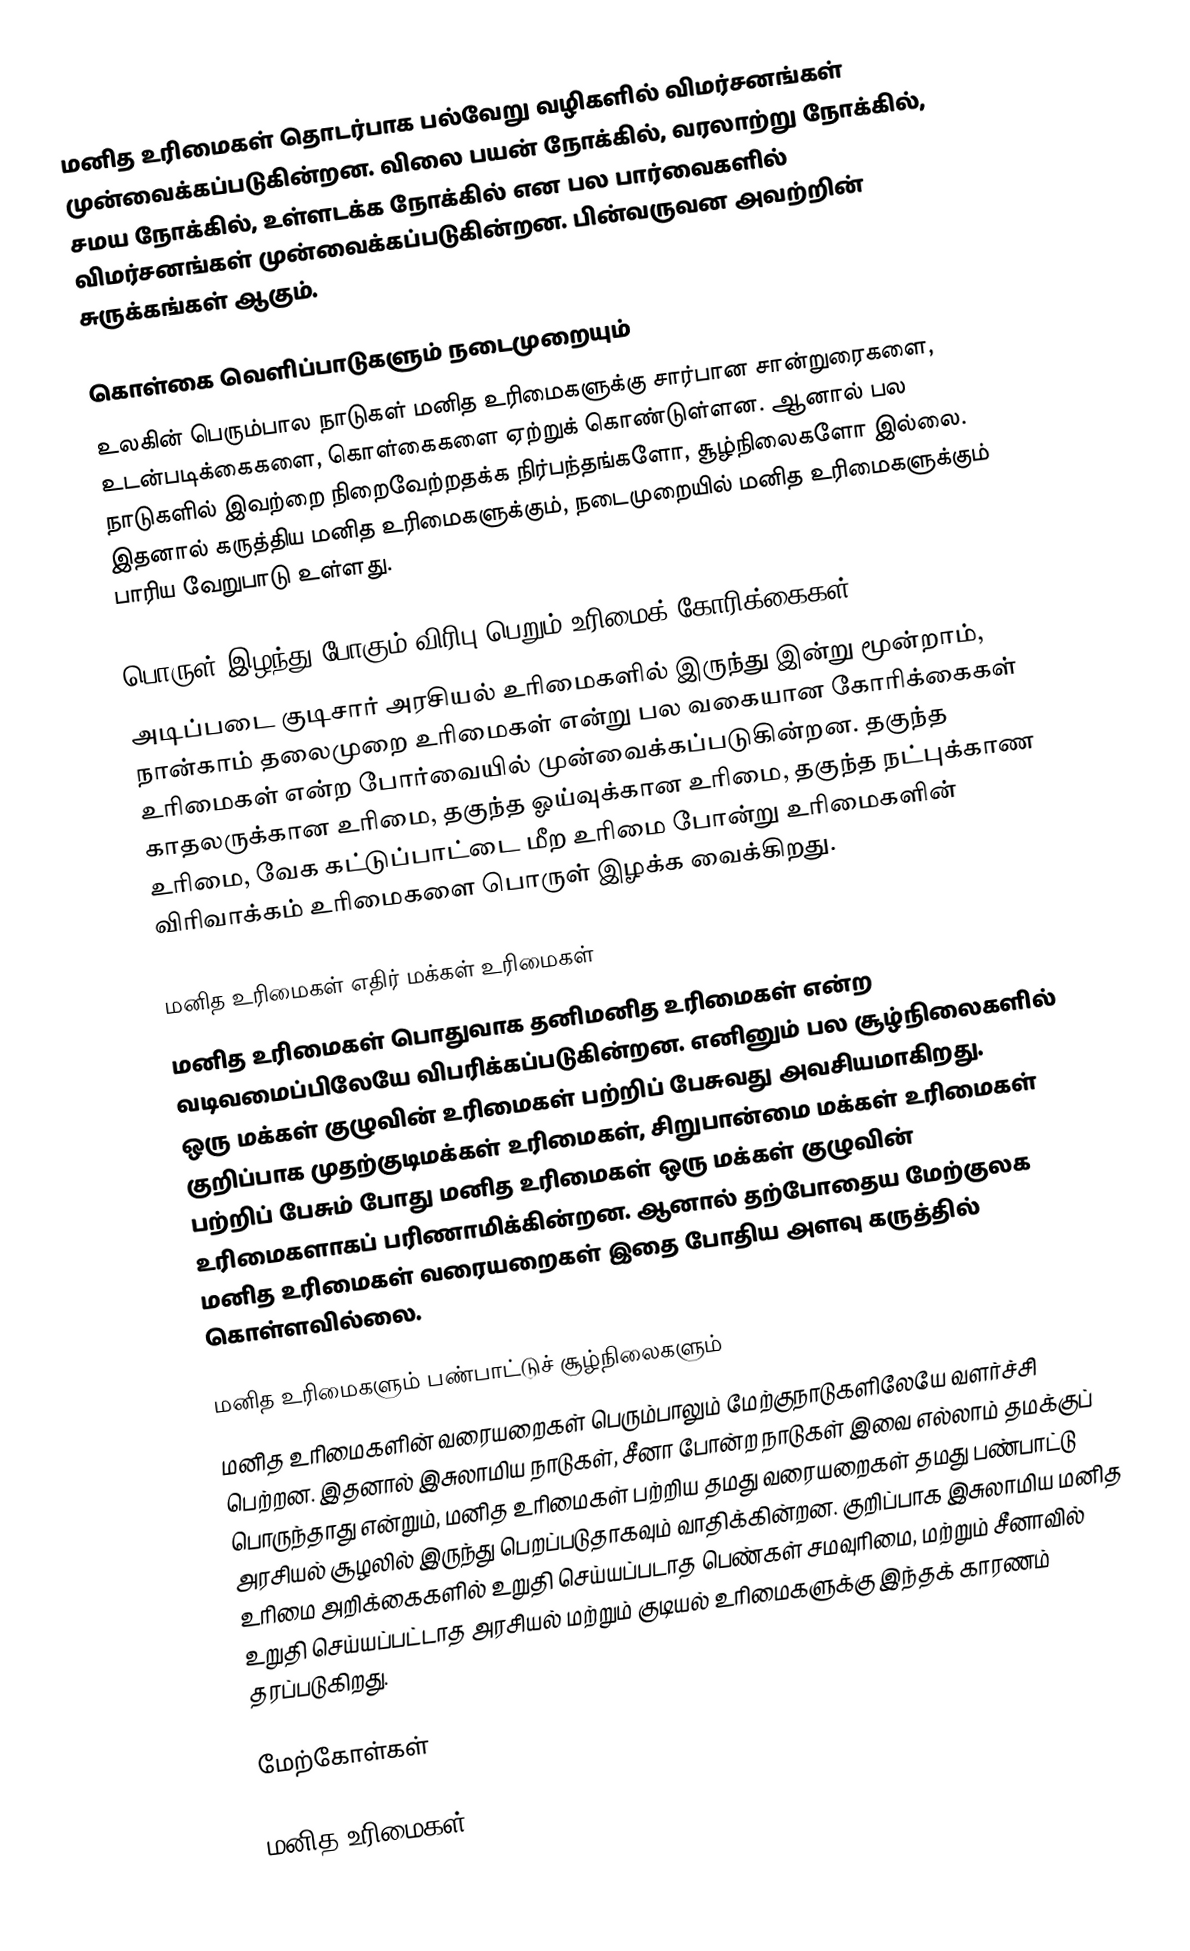
மனித உரிமைகள் தொடர்பாக பல்வேறு வழிகளில் விமர்சனங்கள் முன்வைக்கப்படுகின்றன.  விலை பயன் நோக்கில், வரலாற்று நோக்கில், சமய நோக்கில், உள்ளடக்க நோக்கில் என பல பார்வைகளில் விமர்சனங்கள் முன்வைக்கப்படுகின்றன.  பின்வருவன அவற்றின் சுருக்கங்கள் ஆகும்.

கொள்கை வெளிப்பாடுகளும் நடைமுறையும்
உலகின் பெரும்பால நாடுகள் மனித உரிமைகளுக்கு சார்பான சான்றுரைகளை, உடன்படிக்கைகளை, கொள்கைகளை ஏற்றுக் கொண்டுள்ளன.  ஆனால் பல நாடுகளில் இவற்றை நிறைவேற்றதக்க நிர்பந்தங்களோ, சூழ்நிலைகளோ இல்லை.  இதனால் கருத்திய மனித உரிமைகளுக்கும், நடைமுறையில் மனித உரிமைகளுக்கும் பாரிய வேறுபாடு உள்ளது.

பொருள் இழந்து போகும் விரிபு பெறும் உரிமைக் கோரிக்கைகள்
அடிப்படை குடிசார் அரசியல் உரிமைகளில் இருந்து இன்று மூன்றாம், நான்காம் தலைமுறை உரிமைகள் என்று பல வகையான கோரிக்கைகள் உரிமைகள் என்ற போர்வையில் முன்வைக்கப்படுகின்றன.  தகுந்த காதலருக்கான உரிமை, தகுந்த ஓய்வுக்கான உரிமை, தகுந்த நட்புக்காண உரிமை, வேக கட்டுப்பாட்டை மீற உரிமை போன்று உரிமைகளின் விரிவாக்கம் உரிமைகளை பொருள் இழக்க வைக்கிறது.

மனித உரிமைகள் எதிர் மக்கள் உரிமைகள்
மனித உரிமைகள் பொதுவாக தனிமனித உரிமைகள் என்ற வடிவமைப்பிலேயே விபரிக்கப்படுகின்றன.  எனினும் பல சூழ்நிலைகளில் ஒரு மக்கள் குழுவின் உரிமைகள் பற்றிப் பேசுவது அவசியமாகிறது.  குறிப்பாக முதற்குடிமக்கள் உரிமைகள், சிறுபான்மை மக்கள் உரிமைகள் பற்றிப் பேசும் போது மனித உரிமைகள் ஒரு மக்கள் குழுவின் உரிமைகளாகப் பரிணாமிக்கின்றன.  ஆனால் தற்போதைய மேற்குலக மனித உரிமைகள் வரையறைகள் இதை போதிய அளவு கருத்தில் கொள்ளவில்லை.

மனித உரிமைகளும் பண்பாட்டுச் சூழ்நிலைகளும்
மனித உரிமைகளின் வரையறைகள் பெரும்பாலும் மேற்குநாடுகளிலேயே வளர்ச்சி பெற்றன.  இதனால் இசுலாமிய நாடுகள், சீனா போன்ற நாடுகள் இவை எல்லாம் தமக்குப் பொருந்தாது என்றும், மனித உரிமைகள் பற்றிய தமது வரையறைகள் தமது பண்பாட்டு அரசியல் சூழலில் இருந்து பெறப்படுதாகவும் வாதிக்கின்றன.  குறிப்பாக இசுலாமிய மனித உரிமை அறிக்கைகளில் உறுதி செய்யப்படாத பெண்கள் சமவுரிமை, மற்றும் சீனாவில் உறுதி செய்யப்பட்டாத அரசியல் மற்றும் குடியல் உரிமைகளுக்கு இந்தக் காரணம் தரப்படுகிறது.

மேற்கோள்கள்

மனித உரிமைகள்